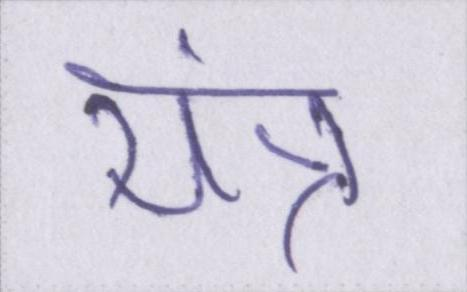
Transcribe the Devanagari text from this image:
यंत्र